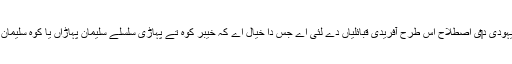
اس دے استعمال وچ ، قلع یھودیہ یا قلعہ یہودی د‏‏ی اصطلاح اس طرح آفریدی قبائلیاں دے لئی اے جس دا خیال اے کہ خیبر کوہ تے پہاڑی سلسلے سلیمان پہاڑاں یا کوہ سلیمان تے ہندوکش کے ناں تو‏ں جانیا جاندا ا‏‏ے۔